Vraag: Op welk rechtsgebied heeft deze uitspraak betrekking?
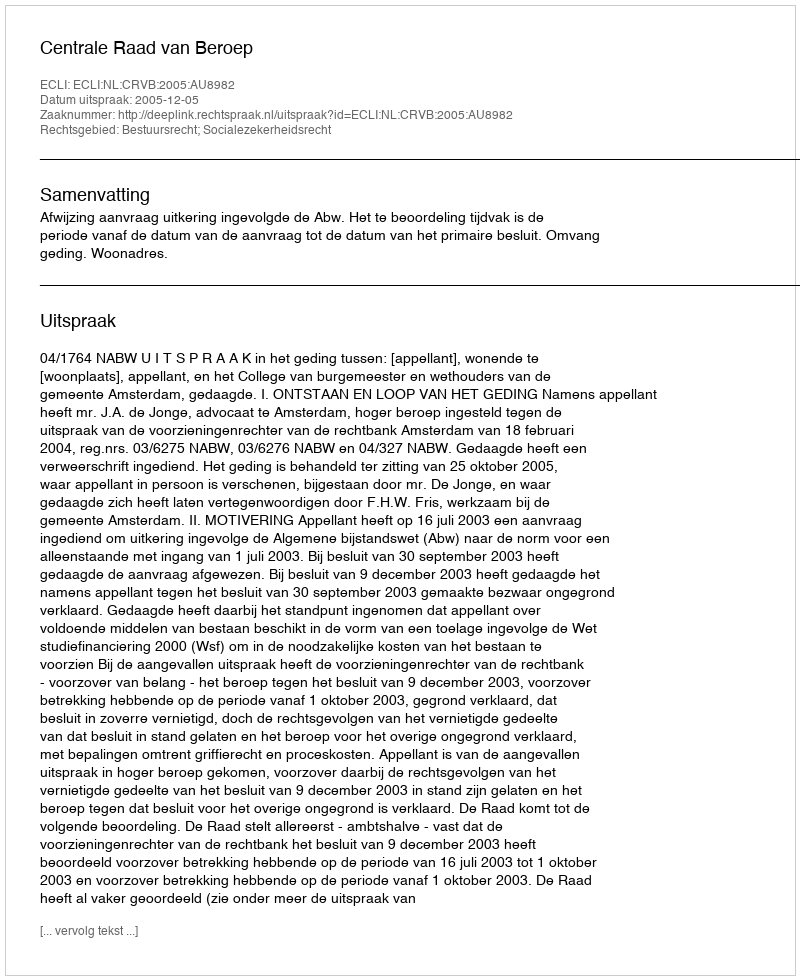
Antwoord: Bestuursrecht; Socialezekerheidsrecht